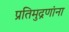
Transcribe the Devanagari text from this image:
प्रतिमुद्रणांना